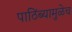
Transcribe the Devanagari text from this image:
पाठिंब्यामुळेच